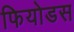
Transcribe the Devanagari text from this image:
फियोडस